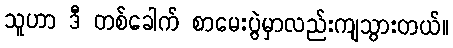
သူဟာ ဒီ တစ်ခေါက် စာမေးပွဲမှာလည်းကျသွားတယ်။